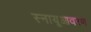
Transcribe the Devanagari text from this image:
स्नायूआवरण